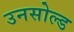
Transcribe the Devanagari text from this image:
उनसोल्ड